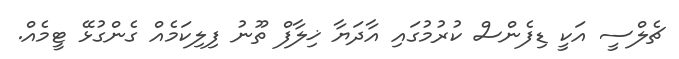
ޗެލްސީ އަކީ ޑިފެންސް ކުރުމުގައި އާދަޔާ ޚިލާފް ތޫނު ފިލިކަމެއް ގެންގުޅޭ ޓީމެއް.